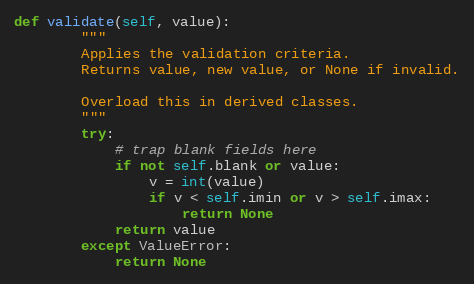
Language: Python
def validate(self, value):
        """
        Applies the validation criteria.
        Returns value, new value, or None if invalid.

        Overload this in derived classes.
        """
        try:
            # trap blank fields here
            if not self.blank or value:
                v = int(value)
                if v < self.imin or v > self.imax:
                    return None
            return value
        except ValueError:
            return None